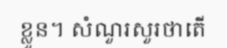
ខ្លួន។ សំណួរសួរថាតើ